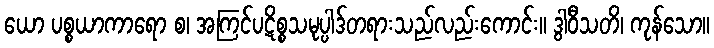
ယော ပစ္စယာကာရော စ၊ အကြင်ပဋိစ္စသမုပ္ပါဒ်တရားသည်လည်းကောင်း။ ဒွါဝီသတိ၊ ကုန်သော။